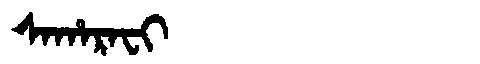
Manchu: ᠰᠠᡥᠠᡵᠠᠸᡳ
Romanization: SAHARAFI